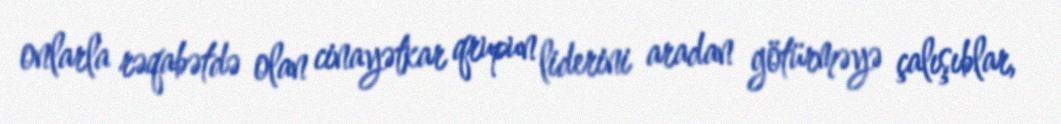
onlarla rəqabətdə olan cinayətkar qrupun liderini aradan götürməyə çalışıblar,